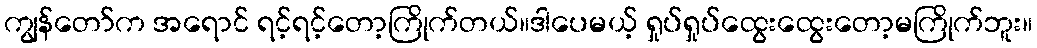
ကျွန်တော်က အရောင် ရင့်ရင့်တော့ကြိုက်တယ်။ဒါပေမယ့် ရှုပ်ရှုပ်ထွေးထွေးတော့မကြိုက်ဘူး။